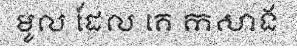
មូល ដែល គេ កសាង